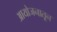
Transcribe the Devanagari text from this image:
आयोजनातून